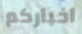
اخباركم